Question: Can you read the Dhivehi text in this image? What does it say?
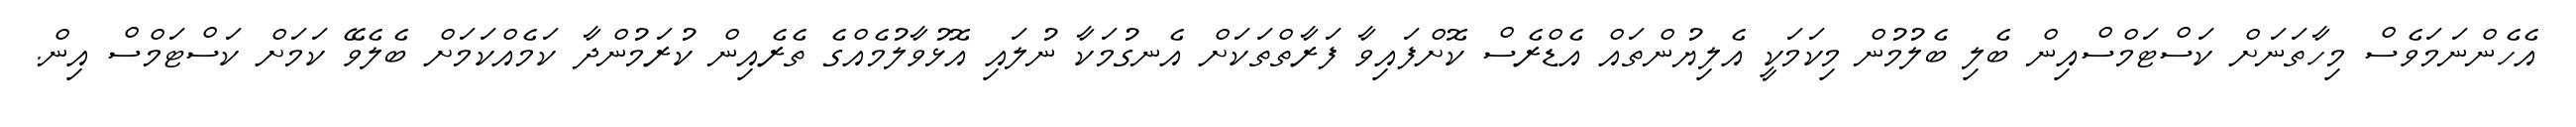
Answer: އެހެންނަމަވެސް މިހާތަނަށް ކަސްޓަމްސްއިން ބެލި ބެލުމުން މިކަމަކީ އެލިޔުންތައް އެޑްރެސް ކޮށްފައިވާ ފަރާތްތަކަށް އެނގުމަކާ ނުލައި އޮޅުވާލުމެއްގެ ތެރެއިން ކުރަމުންދާ ކަމެއްކަމަށް ބެލެވޭ ކަމަށް ކަސްޓަމްސް އިން.